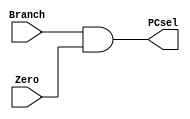
// This program was cloned from: https://github.com/the-pinbo/MIPS-single-cycle
// License: MIT License

/*
1 bit and for (branch & zero)
*/
module andm (
    input Branch, Zero,
    output PCsel
    );
    
    assign PCsel=Branch&Zero;

endmodule